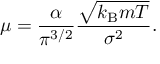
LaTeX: \mu = { \frac { \alpha } { \pi ^ { 3 / 2 } } } { \frac { \sqrt { k _ { \mathrm { B } } m T } } { \sigma ^ { 2 } } } .